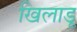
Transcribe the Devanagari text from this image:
खिलाडू